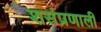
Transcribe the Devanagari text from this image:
शसंप्रणाली